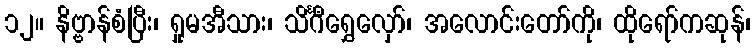
၁၂။ နိဗ္ဗာန်စံပြီး၊ ရှုမအီသား၊ သိင်္ဂီရွှေလှော်၊ အလောင်းတော်ကို၊ ထိုရော်ကဆုန်၊